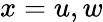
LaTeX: x=u,w